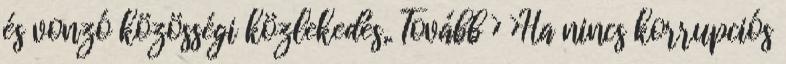
és vonzó közösségi közlekedés,. Tovább › ›Ha nincs korrupciós